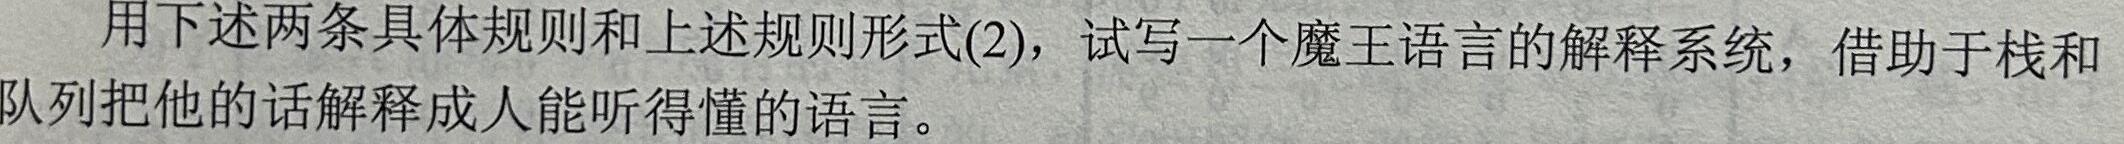
用下述两条具体规则和上述规则形式(2)，试写一个魔王语言的解释系统，借助于栈和队列把他的话解释成人能听得懂的语言。